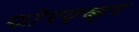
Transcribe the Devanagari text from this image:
फोरएव्हर